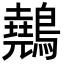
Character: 䴃